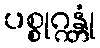
ပစ္စုဂ္ဂန္တုံ